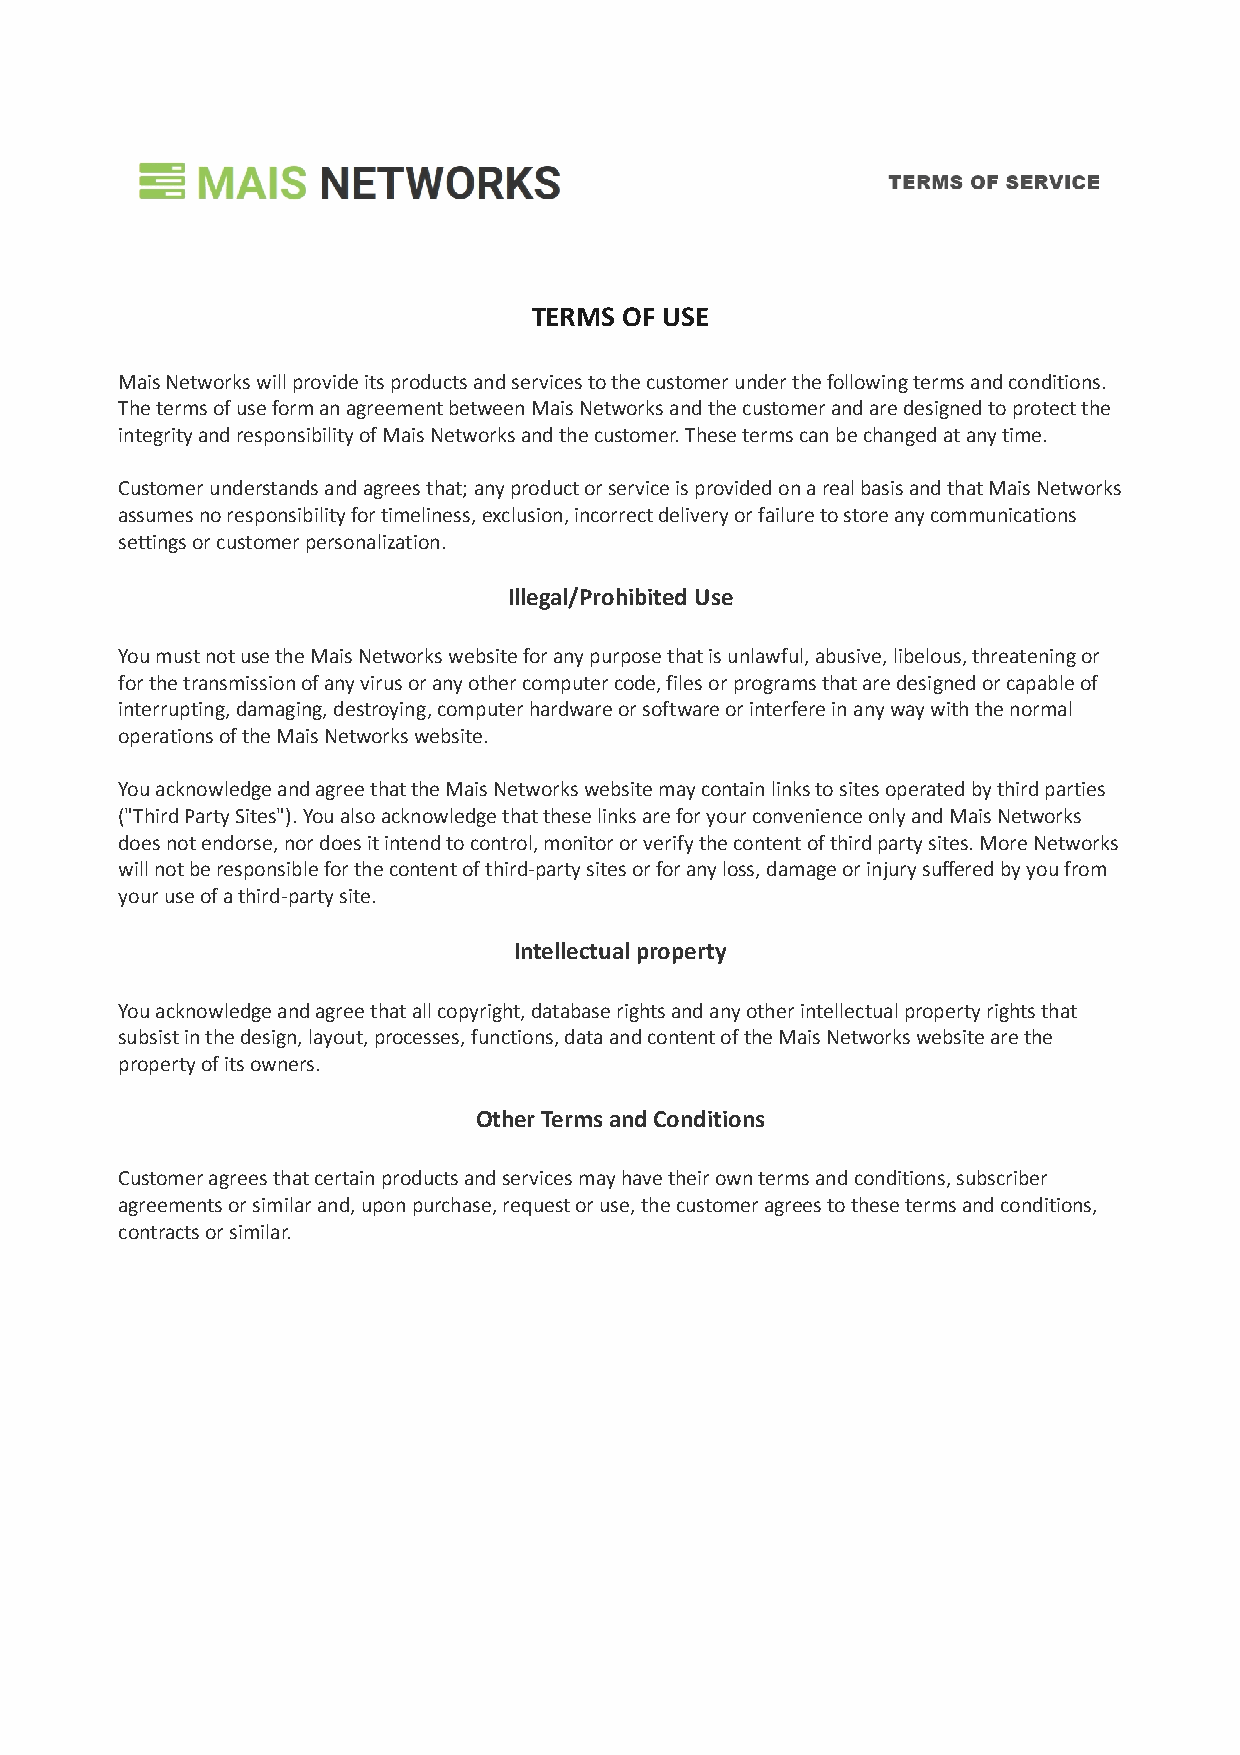
TERMS OF USE
 Mais Networks will provide its products and services to the customer under the following terms and conditions.
 The terms of use form an agreement between Mais Networks and the customer and are designed to protect the
 integrity and responsibility of Mais Networks and the customer. These terms can be changed at any time.
 Customer understands and agrees that; any product or service is provided on a real basis and that Mais Networks
 assumes no responsibility for timeliness, exclusion, incorrect delivery or failure to store any communications
 settings or customer personalization.
 Illegal/Prohibited Use
 You must not use the Mais Networks website for any purpose that is unlawful, abusive, libelous, threatening or
 for the transmission of any virus or any other computer code, files or programs that are designed or capable of
 interrupting, damaging, destroying, computer hardware or software or interfere in any way with the normal
 operations of the Mais Networks website.
 You acknowledge and agree that the Mais Networks website may contain links to sites operated by third parties
 ("Third Party Sites"). You also acknowledge that these links are for your convenience only and Mais Networks
 does not endorse, nor does it intend to control, monitor or verify the content of third party sites. More Networks
 will not be responsible for the content of third-party sites or for any loss, damage or injury suffered by you from
 your use of a third-party site.
 Intellectual property
 You acknowledge and agree that all copyright, database rights and any other intellectual property rights that
 subsist in the design, layout, processes, functions, data and content of the Mais Networks website are the
 property of its owners.
 Other Terms and Conditions
 Customer agrees that certain products and services may have their own terms and conditions, subscriber
 agreements or similar and, upon purchase, request or use, the customer agrees to these terms and conditions,
 contracts or similar.